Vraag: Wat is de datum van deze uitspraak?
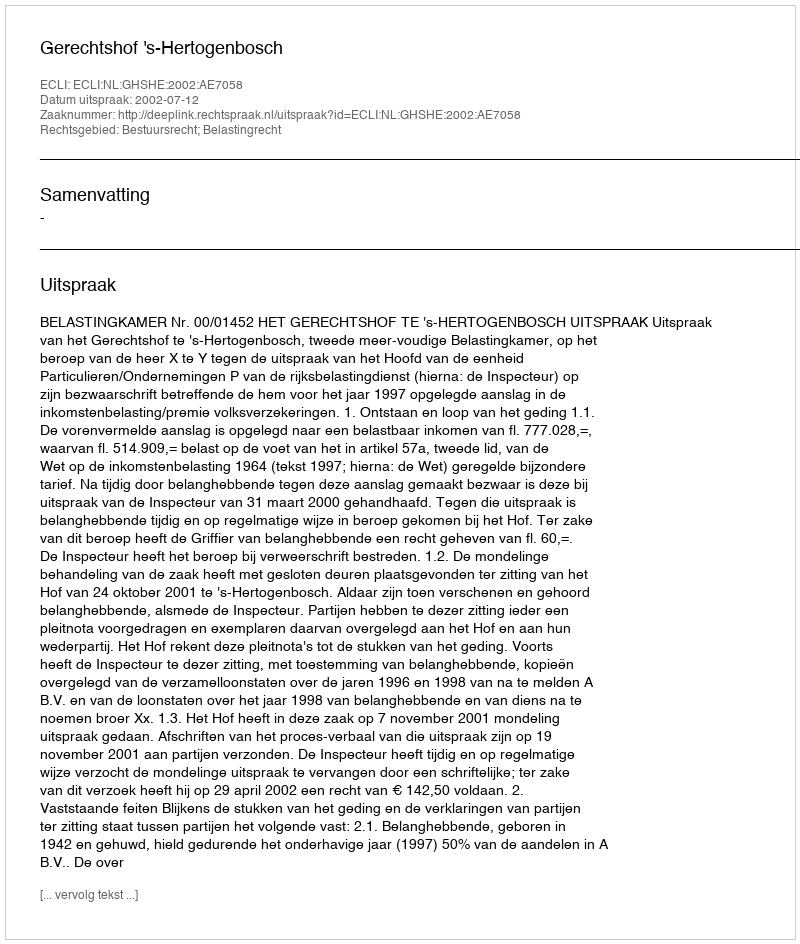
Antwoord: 2002-07-12